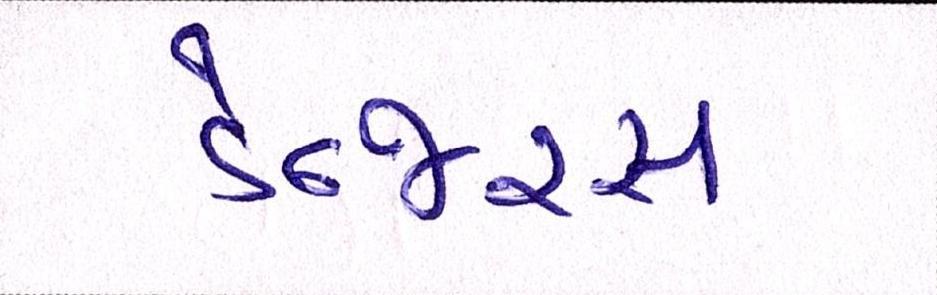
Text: ડેન્જરસ